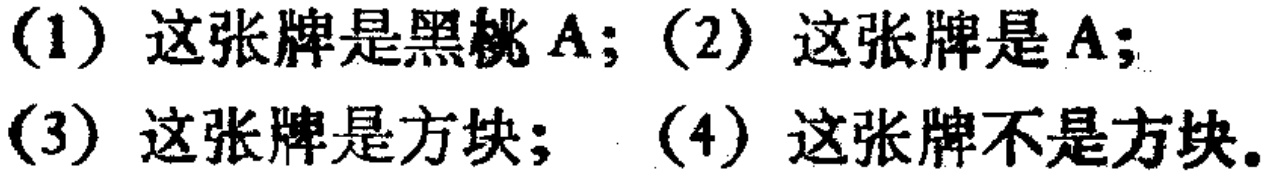
(1) 这张牌是黑桃 A; (2) 这张牌是 A;
(3) 这张牌是方块; (4) 这张牌不是方块.